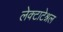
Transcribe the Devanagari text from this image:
लेक्टाटेश्नल